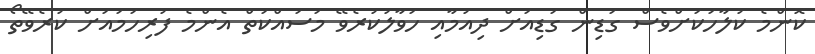
ކޮންމެ ކުލާހަކަށްވެސް ގަޑިން ގަޑިއަށް ދިއުމާއި ހަވާލުކުރެވޭ މަސައްކަތް އެންމެ ފުރިހަމައަށް ކުރެވޭތޯ